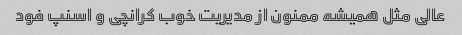
عالی مثل همیشه ممنون از مدیریت خوب کرانچی و اسنپ فود